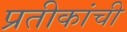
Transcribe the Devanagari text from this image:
प्रतीकांची